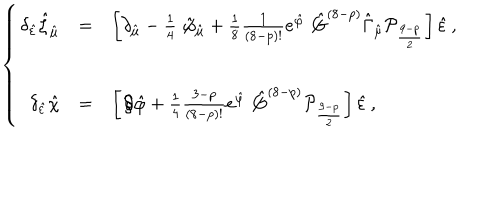
\left\{ \begin{array} { r c l } { { \delta _ { \hat { \varepsilon } } \hat { \zeta } _ { \hat { \mu } } } } & { { = } } & { { \left[ \partial _ { \hat { \mu } } - \textstyle \frac { 1 } { 4 } \not \! \hat { \omega } _ { \hat { \mu } } + \textstyle \frac { 1 } { 8 } \textstyle \frac { 1 } { ( 8 - p ) ! } e ^ { \hat { \varphi } } \not \! \hat { G } ^ { ( 8 - p ) } \hat { \Gamma } _ { \hat { \mu } } { \cal P } _ { \frac { 9 - p } { 2 } } \right] \hat { \varepsilon } \, , } } \\ { { } } & { { } } & { { } } \\ { { \delta _ { \hat { \varepsilon } } \hat { \chi } } } & { { = } } & { { \left[ \not \! \partial \hat { \varphi } + \textstyle \frac { 1 } { 4 } \textstyle \frac { 3 - p } { ( 8 - p ) ! } e ^ { \hat { \varphi } } \not \! \hat { G } ^ { ( 8 - p ) } { \cal P } _ { \frac { 9 - p } { 2 } } \right] \hat { \varepsilon } \, , } } \\ \end{array} \right.